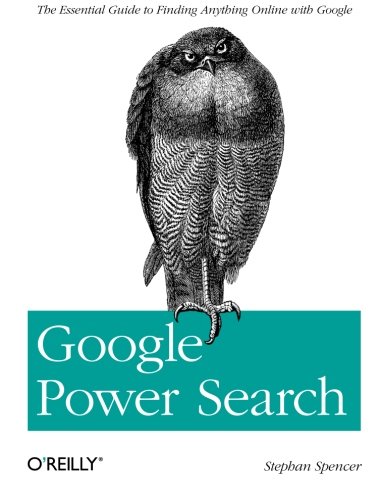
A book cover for Google Power Search; Stephan Spencer; Computers & Technology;